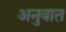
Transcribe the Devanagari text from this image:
अनुवात